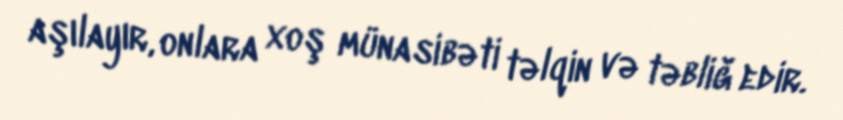
aşılayır, onlara xoş münasibəti təlqin və təbliğ edir.